Problem: 34 + 50 = ?
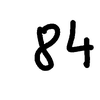
Handwritten answer: 84